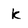
Character: k